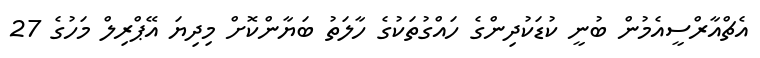
އެޗްއާރްސީއެމުން ބުނީ ކުޑަކުދިންގެ ހައްގުތަކުގެ ހާލަތު ބަޔާންކޮށް މިދިޔަ އޭޕްރިލް މަހުގެ 27